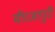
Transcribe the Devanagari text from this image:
मीरजापुरी